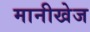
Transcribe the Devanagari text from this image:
मानीखेज